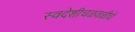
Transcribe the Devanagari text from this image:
स्वदेशीचळवळीचे